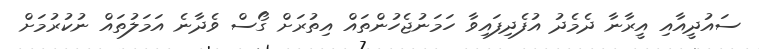
ސައުދީއާއި އީރާނާ ދެމެދު އުފެދިފައިވާ ހަމަނުޖެހުންތައް އިތުރަށް ގޯސް ވެދާނެ އަމަލުތައް ނުކުރުމަށް